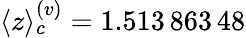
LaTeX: \langle z\rangle_{c}^{(v)}=1.513\, 863\, 48